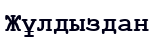
Жұлдыздан